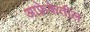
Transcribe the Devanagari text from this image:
आफ्रेकेतील